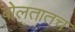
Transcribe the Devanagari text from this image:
बोलतातच